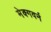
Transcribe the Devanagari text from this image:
मेक्गवर्न